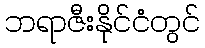
ဘရာဇီးနိုင်ငံတွင်